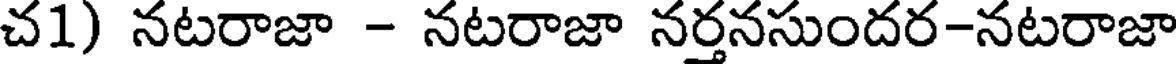
చ1) నటరాజా - నటరాజా నర్తనసుందర-నటరాజా